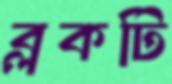
ব্লকটি